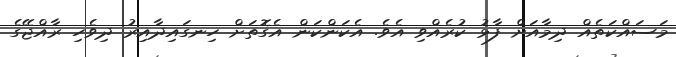
މަސައްކަތެއް ދިމާއަށް ފާޅު ކުރެއްވި އެވެ. އެކަންކަން އެގޮތަށް ހިނގައިދާއިރު ދިވެހި ރާއްޖޭގެ